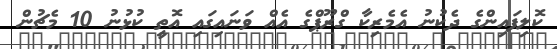
ކޮލިފައިންގެ ދެކުނު އެމެރިކާ ގްރޫޕްގެ އެއް ވަނައިގައި އޮތީ ކުޅުނު 10 މެޗުން